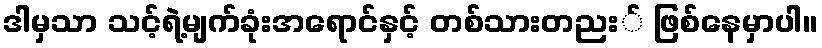
ဒါမှသာ သင့်ရဲ့မျက်ခုံးအရောင်နှင့် တစ်သားတညး် ဖြစ်နေမှာပါ။